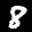
Label: 8